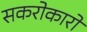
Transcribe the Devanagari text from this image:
सकरोकारों